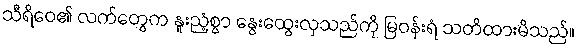
သီရိဝေ၏ လက်တွေက နူးညံ့စွာ နွေးထွေးလှသည်ကို မြဝန်းရံ သတိထားမိသည်။